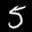
Label: 5